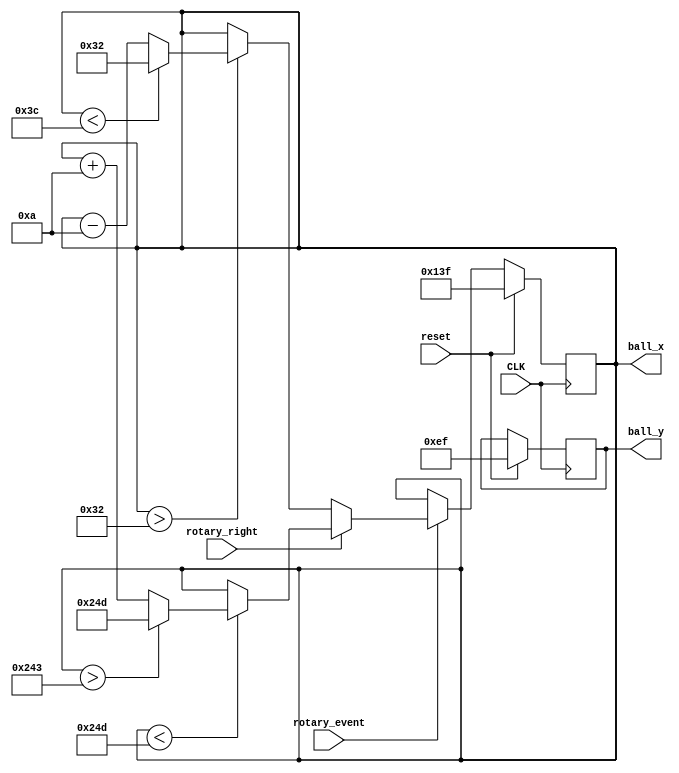
module control_ball(
	input CLK, reset, rotary_event, rotary_right,
	output reg [10:0] ball_x, ball_y
);

parameter Dist = 10;

always @(posedge CLK)
begin
	if (reset) begin
		ball_x <= 319;
		ball_y <= 239;
	end
	else if (rotary_event) begin
		if (rotary_right) begin
			if (ball_x < 589)
				if (ball_x > 589 - Dist)
					ball_x <= 589;
				else
					ball_x <= ball_x + Dist;
		end
		else begin
			if (ball_x > 50)
				if (ball_x < 50 + Dist)
					ball_x <= 50;
				else
					ball_x <= ball_x - Dist;
		end
	end
		
end

endmodule